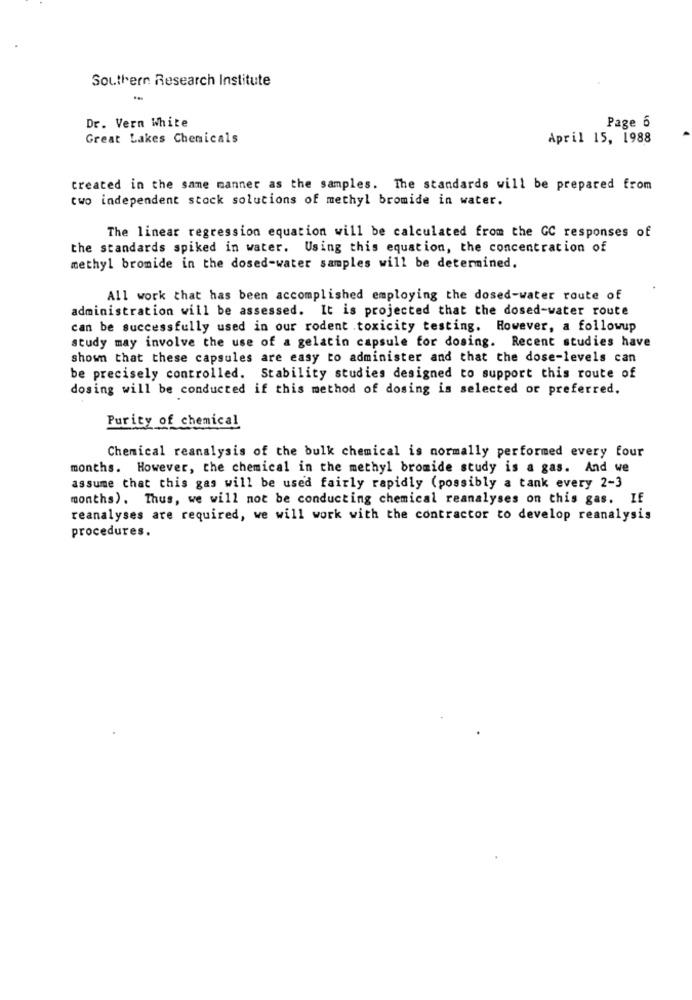
Southern Research Institute
Dr. Vern White
Page 6
Great Lakes Chemicals
April 15, 1988
created in the same manner as the samples. The standards will be prepared from
two independent stock solutions of methyl bromide in water.
The linear regression equation will be calculated from the GC responses of
the standards spiked in water. Using this equation, the concentration of
methyl bromide in the dosed-water samples will be determined.
All work that has been accomplished employing the dosed-water route of
administration will be assessed. It is projected that the dosed-water route
can be successfully used in our rodent .toxicity testing. However, a followup
study may involve the use of a gelatin capsule for dosing. Recent studies have
shown that these capsules are easy to administer and that the dose-levels can
be precisely controlled. Stability studies designed to support this route of
dosing will be conducted if this method of dosing is selected or preferred.
Purity of chemical
Chemical reanalysis of the bulk chemical is normally performed every four
months. However, the chemical in the methyl bromide study is a gas. And we
assume that this gas will be used fairly rapidly (possibly a tank every 2-3
months). Thus, we will not be conducting chemical reanalyses on this gas. If
reanalyses are required, we will work with the contractor to develop reanalysis
procedures.